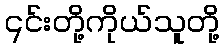
၎င်းတို့ကိုယ်သူတို့